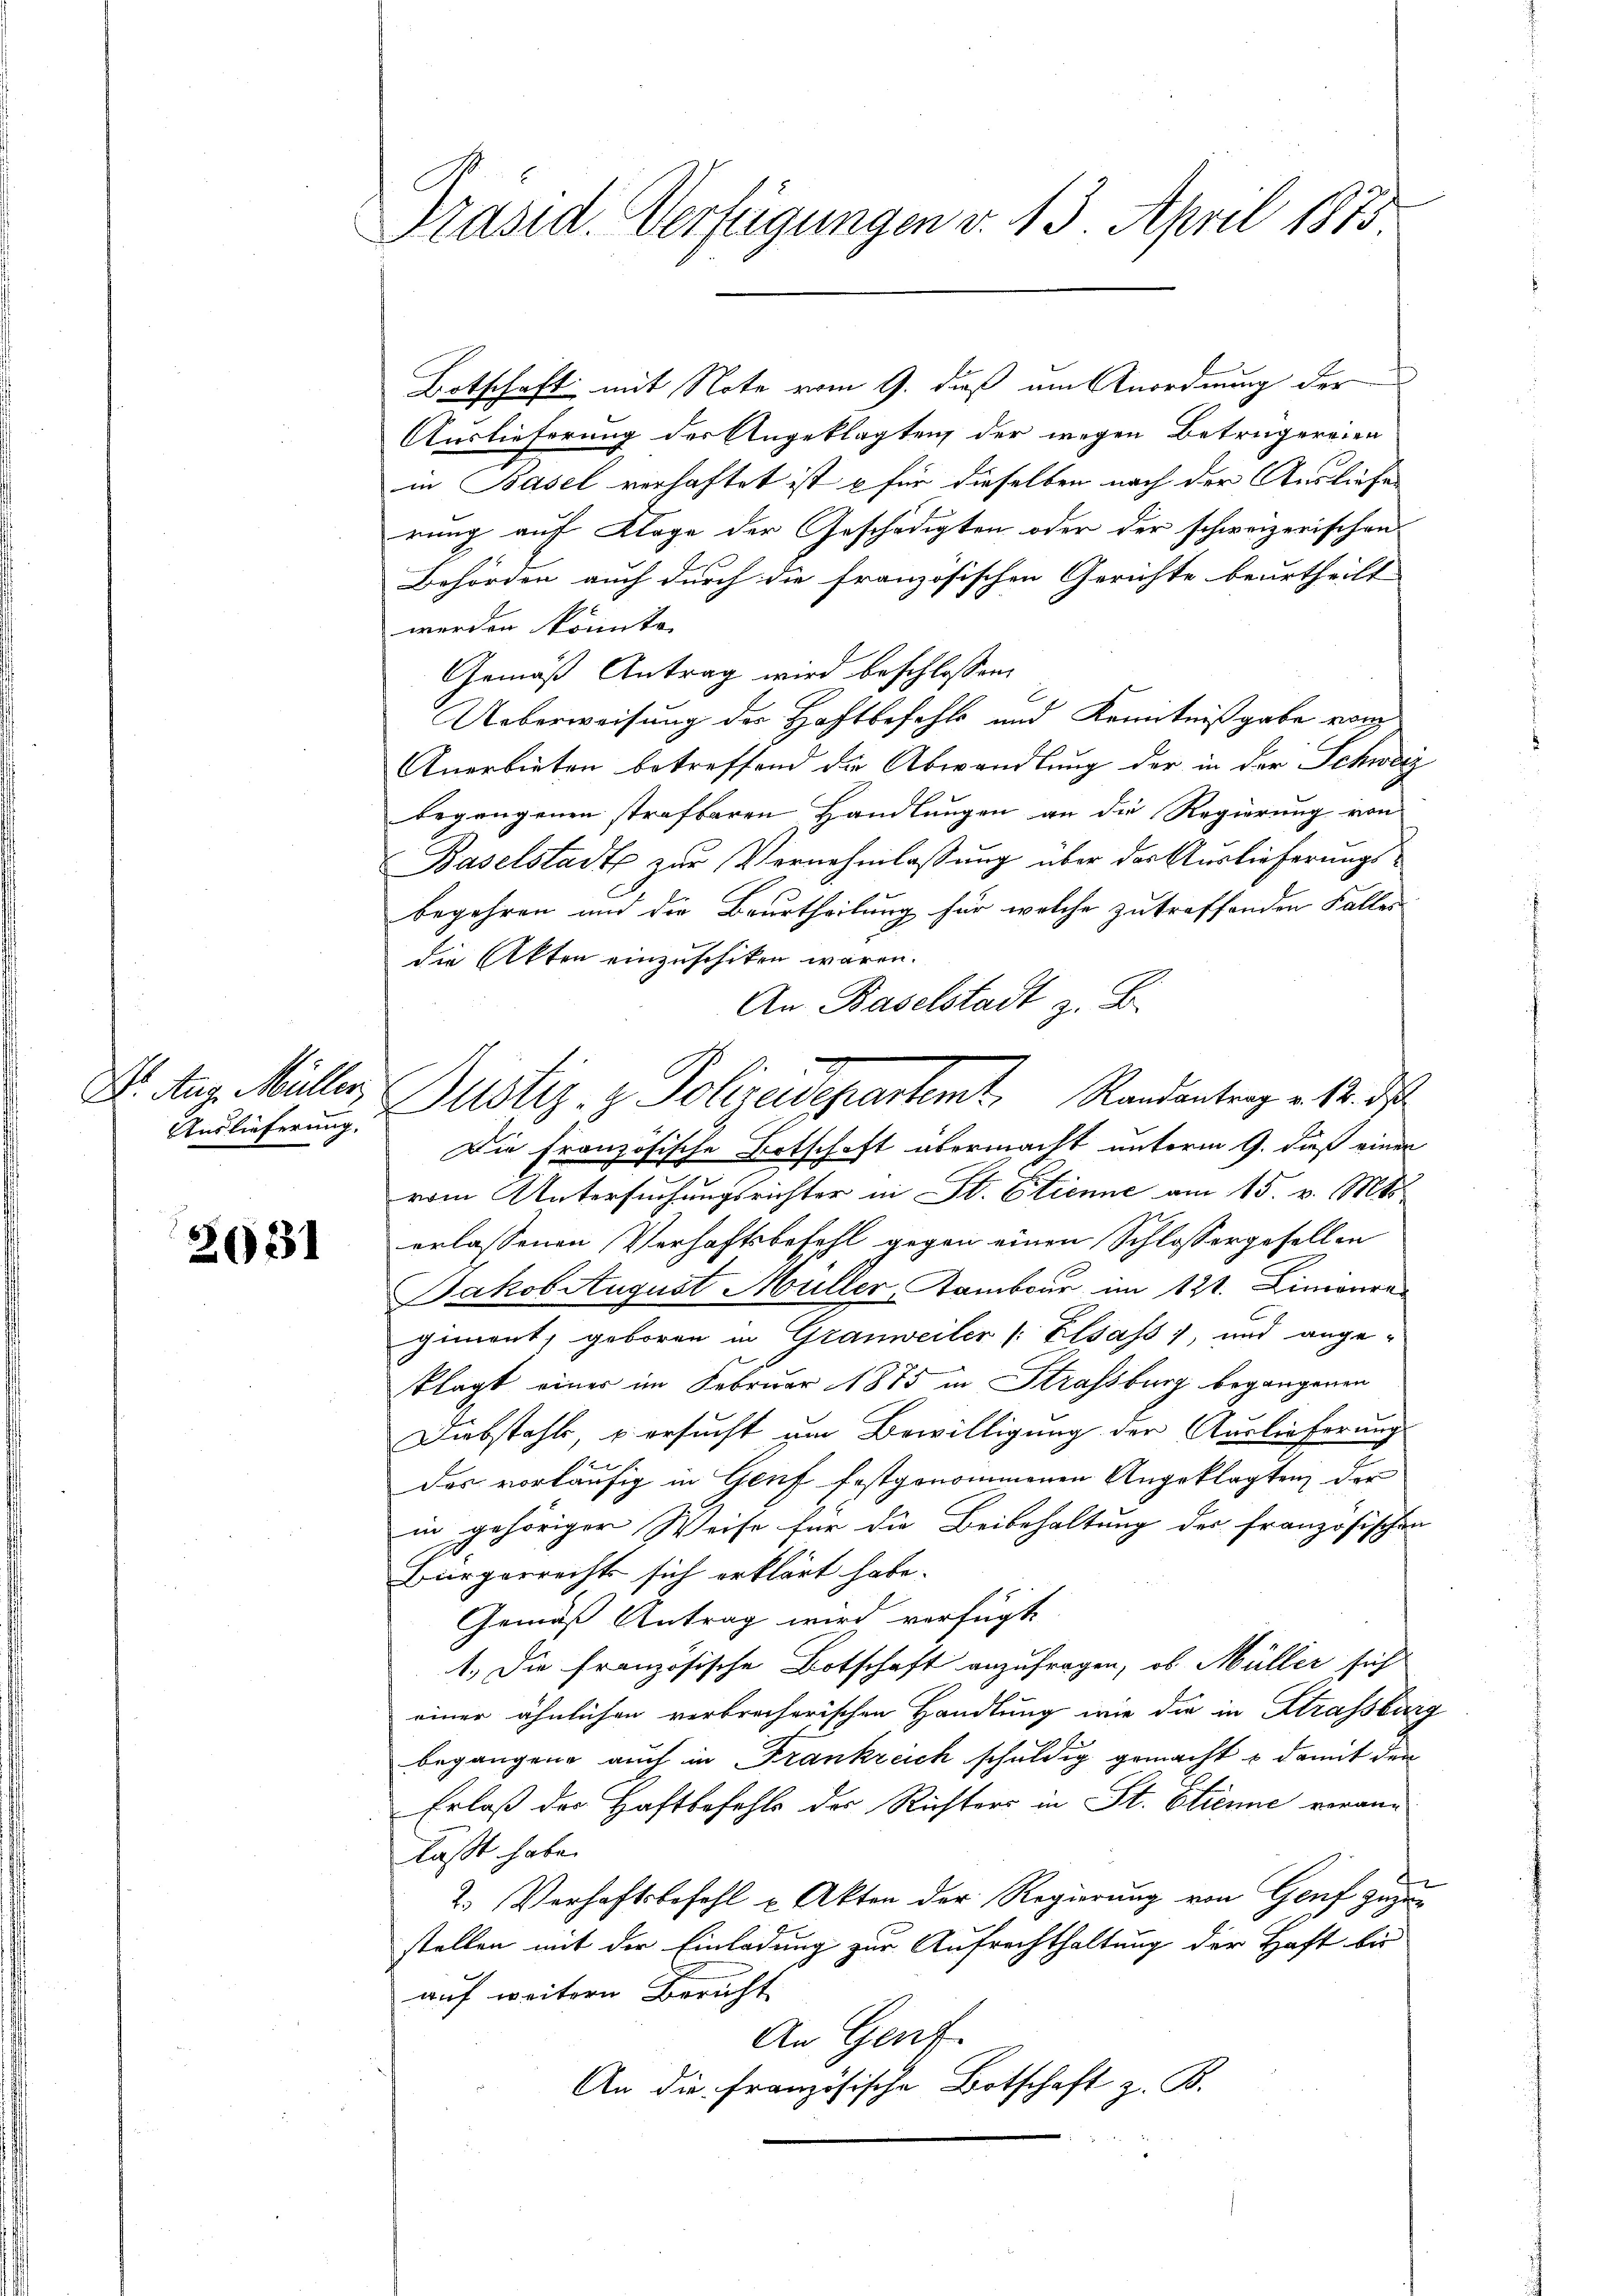
Auslieferung.

2031

Präsid. Verfügungen v. 13. April 1875

Botschaft mit Note vom 9. dieß am Anordnung der
Auslieferung der Angeklagten, der wegen Betrügereien
in Basel verhaftet ist & für dieselben nach der Ausliefen
rung auf Klage der Geschädigten oder der schweizerischen
Behörden auch durch die französischen Gerichte beurtheilt
werden könnte.
Gemäß Antrag wird beschlossen:
Ueberweisung des Haftbefehls und Kenntnißgabe von
Anerbieten betreffend die Abwandlung der in der Schweiz
begangenen strafbaren Handlungen an die Regierung von
Baselstadt zur Vernehmlassung über der Auslieferungsbegehren und die Beurtheilung für welche zutreffenden Falles
die Akten einzuschiken wären.
An Baselstadt z. B.
M. Aug. Müller Justiz- & Polizeidepartemt. Randantrag v. 12. d
Die Französische Botschaft übermacht unterm 9. dieß einen
vom Untersuchungsrichter in St. Etienne am 15. v. Mts.
erlassenen Verhaftsbefehl gegen einen Schlossergefallen
Jakob August Müller, Sambour im 121. Linienre
giment, geboren in Granweiler (: Elsass, und ange-
klagt einer im Februar 1875 in Strassburg begangenen
Diebstahls, versucht um Bewilligung der Auslieferung
des vorläufig in Genf festgenommenen Angeklagten, der
in gehöriger Weise für die Beibehaltung der französischen
Bürgerrechts sich erklärt habe.
Gemäß Antrag wird verfügt
1.) Die französische Botschaft anzufragen, ob Müller sich
einer ähnlichen verbrecherischen Handlung wie die in Strassburg
begangen auch in Frankreich schuldig gemacht u damit den
Erlaß der Haftbefehle des Richters in St. Etienne veranlässt habe.
2.) Verhaftsbefehl u. Akten der Regierung von Genf zuzustellen mit der Einladung zur Aufrechthaltung der Haft bis
auf weitern Bericht
An Genf.
An die französische Botschaft z. B.